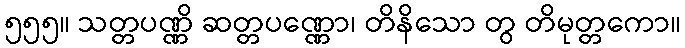
၅၅၅။ သတ္တပဏ္ဏိ ဆတ္တပဏ္ဏော၊ တိနိသော တွ တိမုတ္တကော။